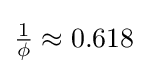
{\tfrac {1}{\phi }}\approx 0.618